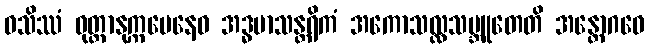
ဝသိဿံ ဝုတ္တာနုက္ကမေနေဝ အဒ္ဓမာသန္တရိကံ အကောသလ္လသမ္ဘူတေတိ အန္တောဂဓေ